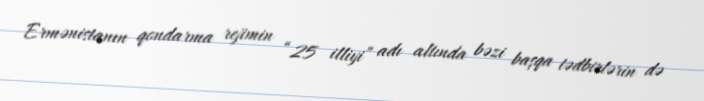
Ermənistanın qondarma rejimin “25 illiyi” adı altında bəzi başqa tədbirlərin də